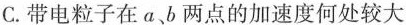
C.带电粒子在a、b两点的加速度何处较大